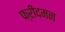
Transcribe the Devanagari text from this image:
फ्रीदमन